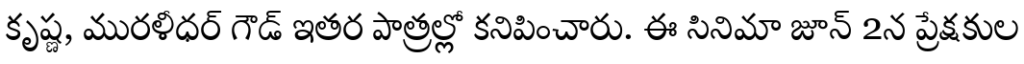
కృష్ణ, మురళీధర్ గౌడ్ ఇతర పాత్రల్లో కనిపించారు. ఈ సినిమా జూన్ 2న ప్రేక్షకుల